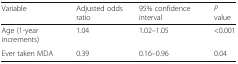
<table><thead><tr><td><b>Variable</b></td><td><b>Adjusted odds ratio</b></td><td><b>95% confidence interval</b></td><td><b><i>P</i> value</b></td></tr></thead><tbody><tr><td>Age (1-year increments)</td><td>1.04</td><td>1.02–1.05</td><td>&lt;0.001</td></tr><tr><td>Ever taken MDA</td><td>0.39</td><td>0.16–0.96</td><td>0.04</td></tr></tbody></table>